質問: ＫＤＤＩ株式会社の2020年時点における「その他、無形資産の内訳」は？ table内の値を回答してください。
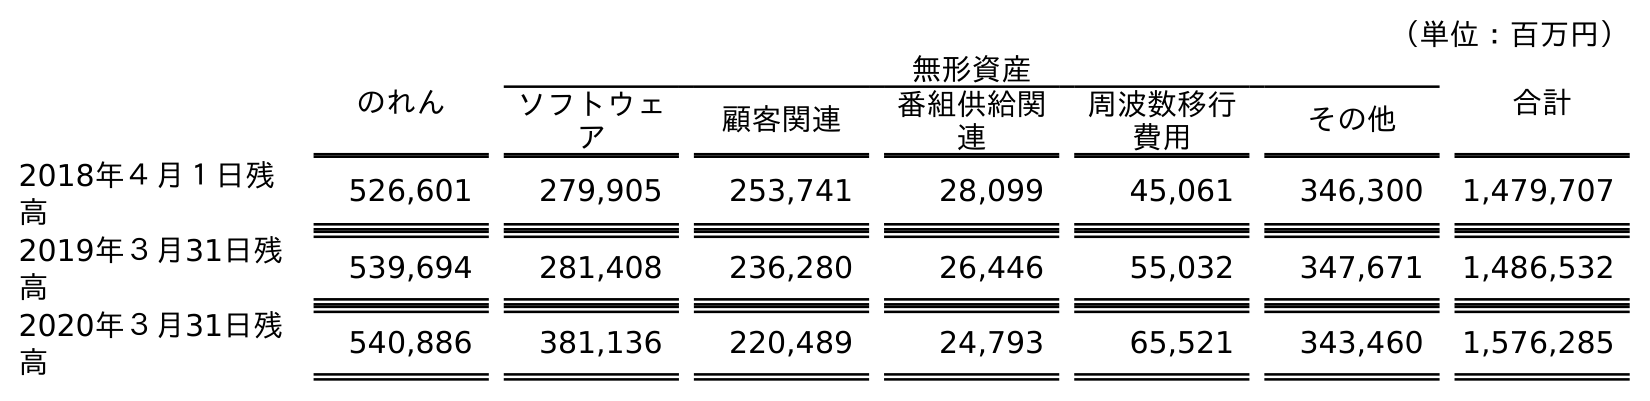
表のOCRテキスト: （単位：百万円） のれん 無形資産 合計 ソフトウェ ア 顧客関連 番組供給関 連 周波数移行 費用 その他 2018年４月１日残 高 526,601 279,905 253,741 28,099 45,061 346,300 1,479,707 2019年３月31日残 高 539,694 281,408 236,280 26,446 55,032 347,671 1,486,532 2020年３月31日残 高 540,886 381,136 220,489 24,793 65,521 343,460 1,576,285
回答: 343,460